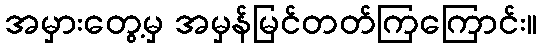
အမှားတွေ့မှ အမှန်မြင်တတ်ကြကြောင်း။